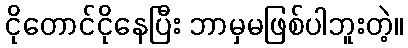
ငိုတောင်ငိုနေပြီး ဘာမှမဖြစ်ပါဘူးတဲ့။